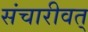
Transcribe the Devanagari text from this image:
संचारीवत्